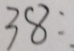
3 8 : .